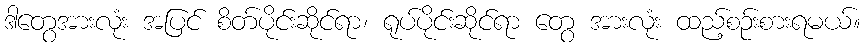
ဒါတွေအားလုံး အပြင် စိတ်ပိုင်းဆိုင်ရာ၊ ရုပ်ပိုင်းဆိုင်ရာ တွေ အားလုံး ထည့်စဉ်းစားရမယ်။